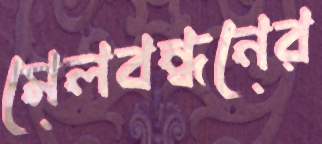
মেলবন্ধনের